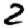
Digit: 2